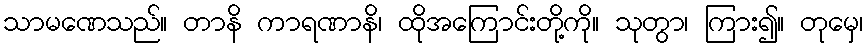
သာမဏေသည်။ တာနိ ကာရဏာနိ၊ ထိုအကြောင်းတို့ကို။ သုတွာ၊ ကြား၍။ တုမှေ၊